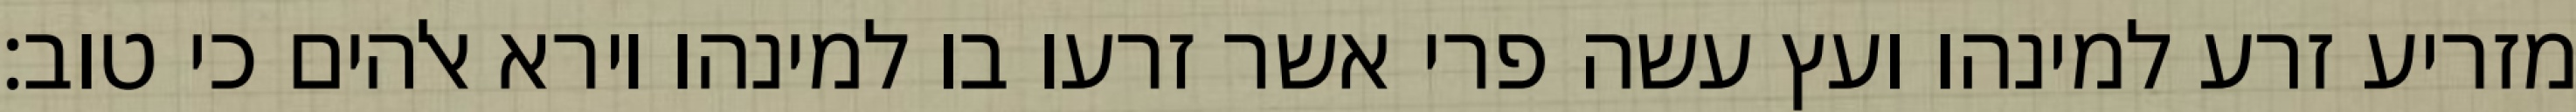
מזריע זרע למינהו ועץ עשה פרי אשר זרעו בו למינהו וירא אלהים כי טוב׃